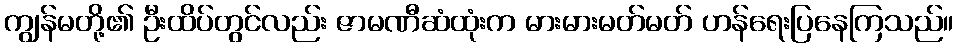
ကျွန်မတို့၏ ဦးထိပ်တွင်လည်း ဇာမဏီဆံထုံးက မားမားမတ်မတ် ဟန်ရေးပြနေကြသည်။